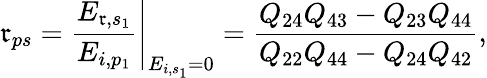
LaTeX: \mathfrak{r}_{ps}=\left.\frac{{E_{\mathfrak{r},s_{1}}}}{{E_{i,p_{1}}}}\right\vert_{E_{i,s_{1}}=0}=\frac{{Q_{24}Q_{43}-Q_{23}Q_{44}}}{{Q_{22}Q_{44}-Q_{24}Q_{42}}},